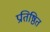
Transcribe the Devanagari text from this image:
प्रतिष्ठित